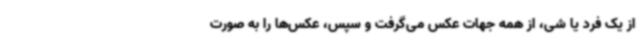
از یک فرد یا شی، از همه جهات عکس می‌گرفت و سپس، عکس‌ها را به صورت